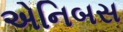
એનિબસ